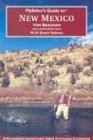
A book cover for Flyfisher's Guide to New Mexico; Van Beacham; Travel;